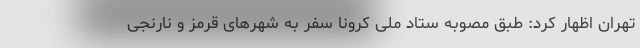
تهران اظهار کرد: طبق مصوبه ستاد ملی کرونا سفر به شهرهای قرمز و نارنجی